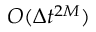
{ \cal O } ( \Delta t ^ { 2 M } )